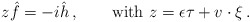
\begin{align*} z\hat f = -i\hat h \,,\qquad\mbox{with } z = \epsilon\tau + v\cdot\xi \,.\end{align*}